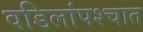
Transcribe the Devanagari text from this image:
वडिलांपश्चात